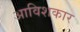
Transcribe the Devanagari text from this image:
अाविशकार